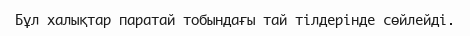
Бұл халықтар паратай тобындағы тай тілдерінде сөйлейді.